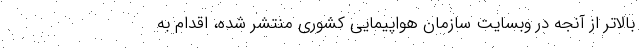
بالاتر از آنجه در وبسایت سازمان هواپیمایی کشوری منتشر شده، اقدام به